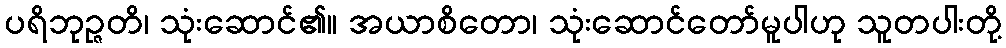
ပရိဘုဉ္ဇတိ၊ သုံးဆောင်၏။ အယာစိတော၊ သုံးဆောင်တော်မူပါဟု သူတပါးတို့